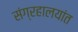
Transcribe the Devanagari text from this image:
संग्रहालयांत